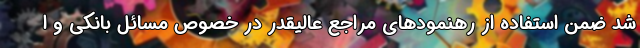
شد ضمن استفاده از رهنمودهای مراجع عالیقدر در خصوص مسائل بانکی و ا